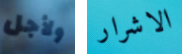
ولأجل الاشرار